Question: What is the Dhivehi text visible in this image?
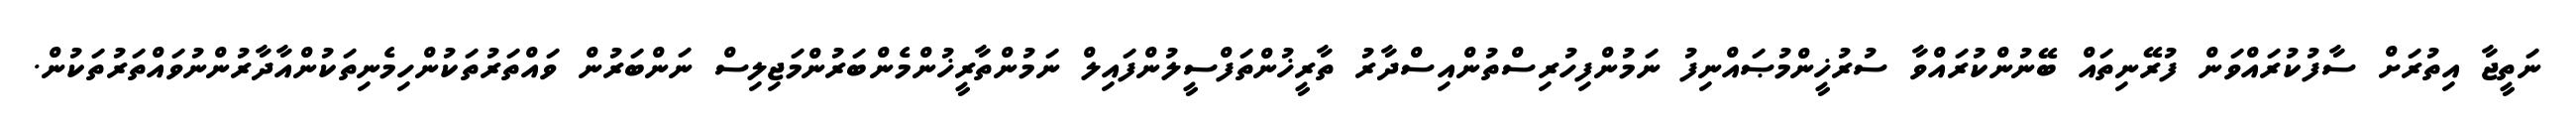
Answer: ނަތީޖާ އިތުރަށް ސާފުކުރައްވަން ފުރޭނިތައް ބޭނުންކުރައްވާ ސުރުޚީންމުޞައްނިފު ނަމުންފިހުރިސްތުންއިސްދާރު ތާރީޚުންތަފްސީލުންފައިލް ނަމުންތާރީޚުންމެންބަރުންމަޖިލިސް ނަންބަރުން ވައްތަރުތަކުންހިމެނިތަކުންއާދާރުންނުވައްތަރުތަކުން.